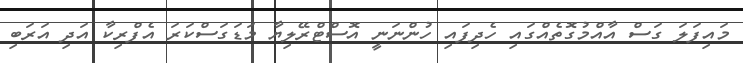
މައިފަލަ ގަސް އާއްމުގޮތެއްގައި ހެދިފައި ހުންނަނީ އޮސްޓްރޭލިޔާ މަޑަގަސްކަރަ އެފްރިކާ އަދި އަރަބި